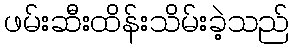
ဖမ်းဆီးထိန်းသိမ်းခဲ့သည်